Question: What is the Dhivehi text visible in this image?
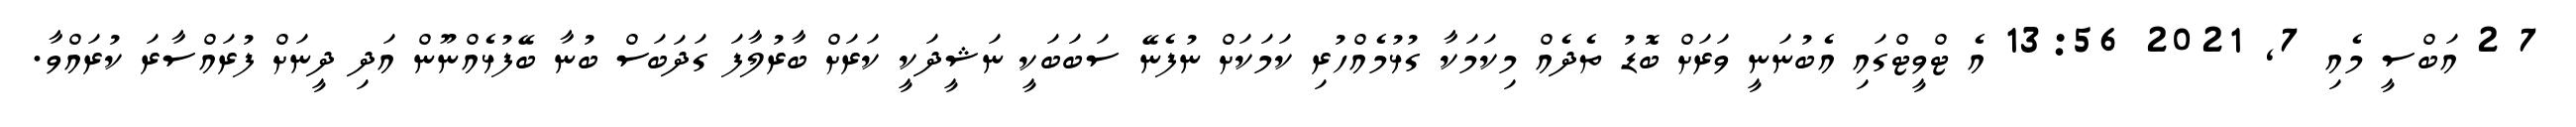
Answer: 7 2 އަބްސީ މެއި 7, 2021 13:56 އެ ޓްވީޓްގައި އެބުނަނީ ވަރަށް ބޮޑު ތެދެއް މިކަމަކާ ގުޅުމެއްހުރި ކަމަކަށް ނުފެނޭ ސަބަބަކީ ނަޝީދަކީ ކަރަށް ބާރުލާފަ ގަދަބަސް ބުނާ ބޭފުޅެއްނޫން އަދި ދީނަށް ފުރައްސާރަ ކުރައްވާ.